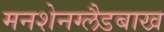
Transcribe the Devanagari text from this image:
मनशेनग्लैडबाख